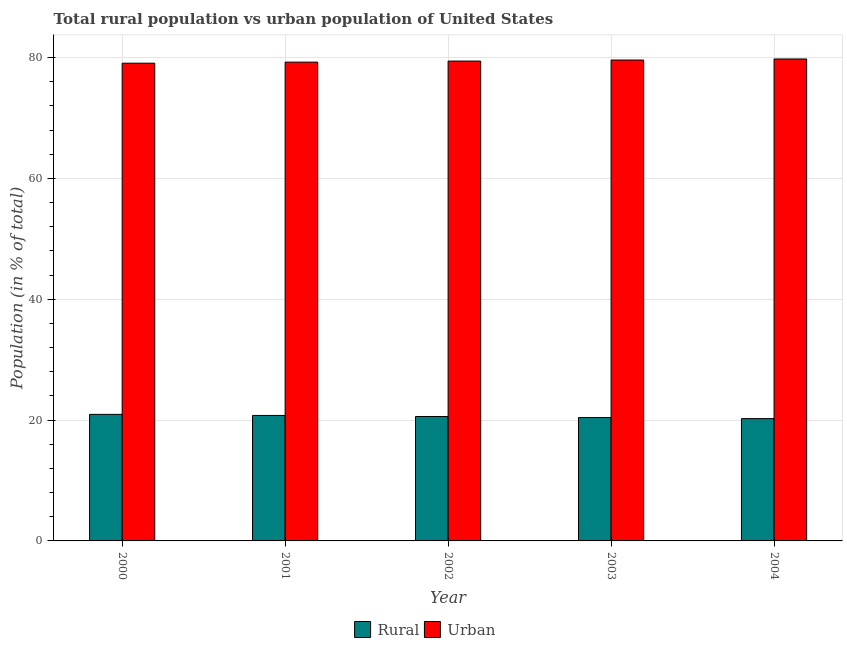
| Year | Rural | Urban |
 | --- | --- | --- |
 | 2000 | 20.9 | 79.1 |
 | 2001 | 20.8 | 79.2 |
 | 2002 | 20.6 | 79.4 |
 | 2003 | 20.4 | 79.6 |
 | 2004 | 20.2 | 79.8 |